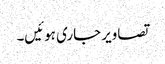
تصاویر جاری ہوئیں۔